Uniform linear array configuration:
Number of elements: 12
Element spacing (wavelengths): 0.75
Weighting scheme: hann
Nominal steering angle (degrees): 0
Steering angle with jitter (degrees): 1.491
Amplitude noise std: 0.05
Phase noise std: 0.05

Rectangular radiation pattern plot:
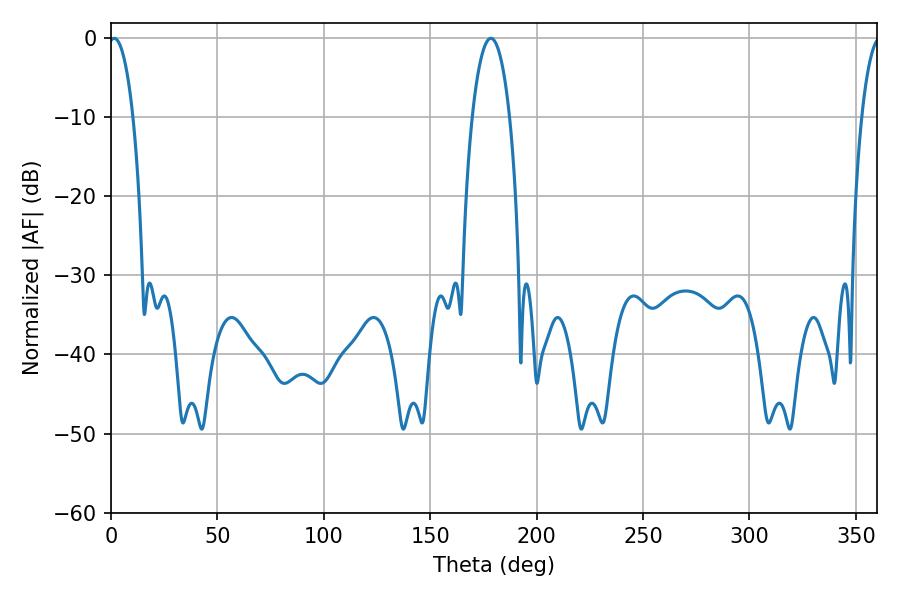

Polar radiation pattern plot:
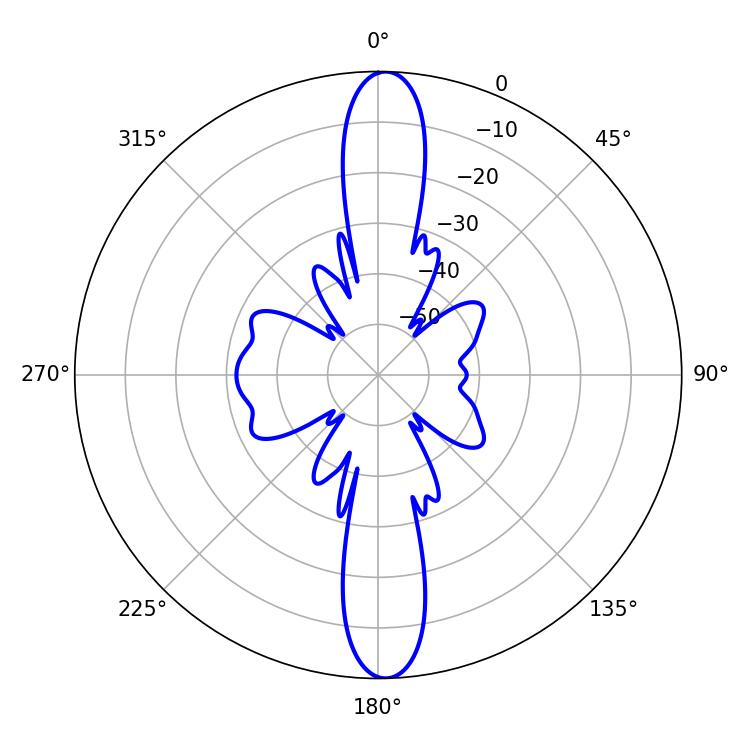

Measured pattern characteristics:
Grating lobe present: TRUE
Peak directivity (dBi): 23.347
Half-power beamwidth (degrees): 6.48
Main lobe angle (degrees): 1.44